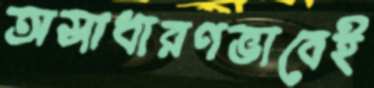
অসাধারণভাবেই